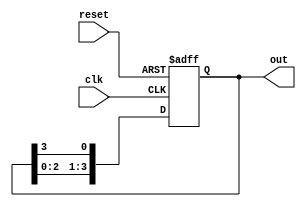
module ring_counter #(parameter N = 4) (
    input wire clk,         // Clock input
    input wire reset,       // Reset input
    output reg [N-1:0] out  // Output of the ring counter
);

// Initial state
initial begin
    out = 1'b1; // Set the initial state to 100...0 (1 followed by N-1 zeros)
end

// Sequential logic for the ring counter
always @(posedge clk or posedge reset) begin
    if (reset) begin
        out <= 1'b1; // Reset to initial state
    end else begin
        // Shift the '1' to the right
        out <= {out[N-2:0], out[N-1]}; // Move the '1' to the right
    end
end

endmodule